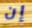
إن